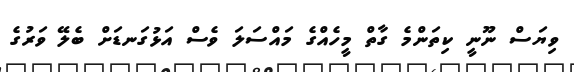
ވިޔަސް ނޫނީ ކިތަންމެ ގާތް މީހެއްގެ މައްސަލަ ވެސް އަޅުގަނޑަށް ބެލޭ ވަރުގެ